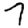
Digit: 7